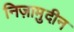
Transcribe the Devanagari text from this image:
निज़ामुदीन